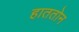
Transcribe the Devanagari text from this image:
हाततोन